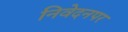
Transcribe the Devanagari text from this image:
निवेदनपर